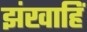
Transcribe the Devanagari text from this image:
झंखाहिं